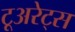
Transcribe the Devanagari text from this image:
टूअरेट्स